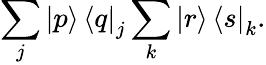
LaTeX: \sum_{j}\mathinner{|{p}\rangle}\mathinner{\langle{q}|}_{j}\sum_{k}\mathinner{|{r}\rangle}\mathinner{\langle{s}|}_{k}.